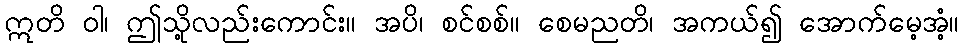
ဣတိ ဝါ၊ ဤသို့လည်းကောင်း။ အပိ၊ စင်စစ်။ စေမညတိ၊ အကယ်၍ အောက်မေ့အံ့။